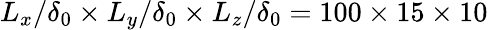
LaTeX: L_{x}/\delta_{0}\times L_{y}/\delta_{0}\times L_{z}/\delta_{0}=100\times 15\times 10